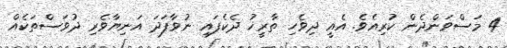
4 މަސްވަންދެން ކުރިއެވެ. އެއީ ދިވެހި ތާރީޚު ދެކެފައި ނުވާފަދަ އަނިޔާވެރި ދުވަސްތަކެއް